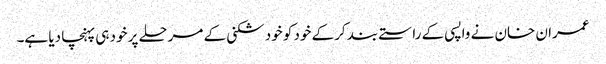
عمران خان نے واپسی کے راستے بند کرکے خود کو خود شکنی کے مرحلے پر خود ہی پہنچا دیا ہے۔